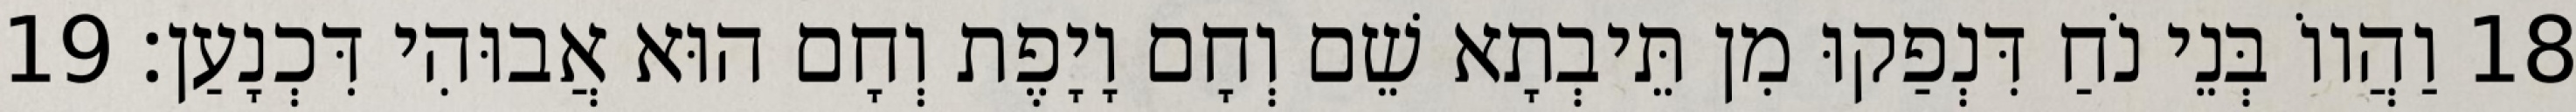
18 וַהֲווֹ בְּנֵי נֹחַ דִּנְפַקוּ מִן תֵּיבְתָא שֵׁם וְחָם וָיָפֶת וְחָם הוּא אֲבוּהִי דִּכְנָעַן׃ 19